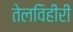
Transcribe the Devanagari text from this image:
तेलविहीरी